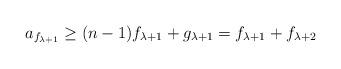
LaTeX: \begin{align*}a_{f_{\lambda+1}} \ge (n-1)f_{\lambda+1}+g_{\lambda+1} = f_{\lambda+1}+f_{\lambda+2}\end{align*}